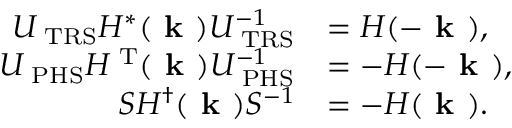
\begin{array} { r l } { U _ { \mathrm { \tiny ~ T R S } } H ^ { * } ( \textbf { k } ) U _ { \mathrm { \tiny ~ T R S } } ^ { - 1 } } & { = H ( - \textbf { k } ) , } \\ { U _ { \mathrm { \tiny ~ P H S } } H ^ { \mathrm { \tiny ~ T } } ( \textbf { k } ) U _ { \mathrm { \tiny ~ P H S } } ^ { - 1 } } & { = - H ( - \textbf { k } ) , } \\ { S H ^ { \dag } ( \textbf { k } ) S ^ { - 1 } } & { = - H ( \textbf { k } ) . } \end{array}